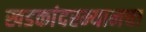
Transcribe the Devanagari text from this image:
खडकांदरम्यानचा